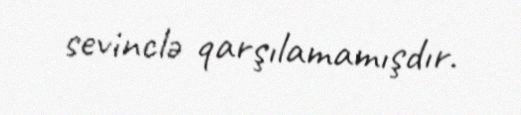
sevinclə qarşılamamışdır.